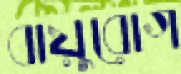
বায়ুরোগ